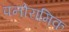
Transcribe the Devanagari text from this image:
पनोरामिक